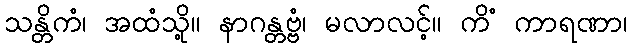
သန္တိကံ၊ အထံသို့။ နာဂန္တဗ္ဗံ၊ မလာလင့်။ ကိံ ကာရဏာ၊